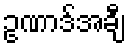
ဥဏာဒ်အချီ